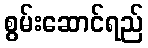
စွမ်းဆောင်ရည်